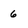
Character: 6